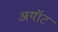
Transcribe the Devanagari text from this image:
अयॉट